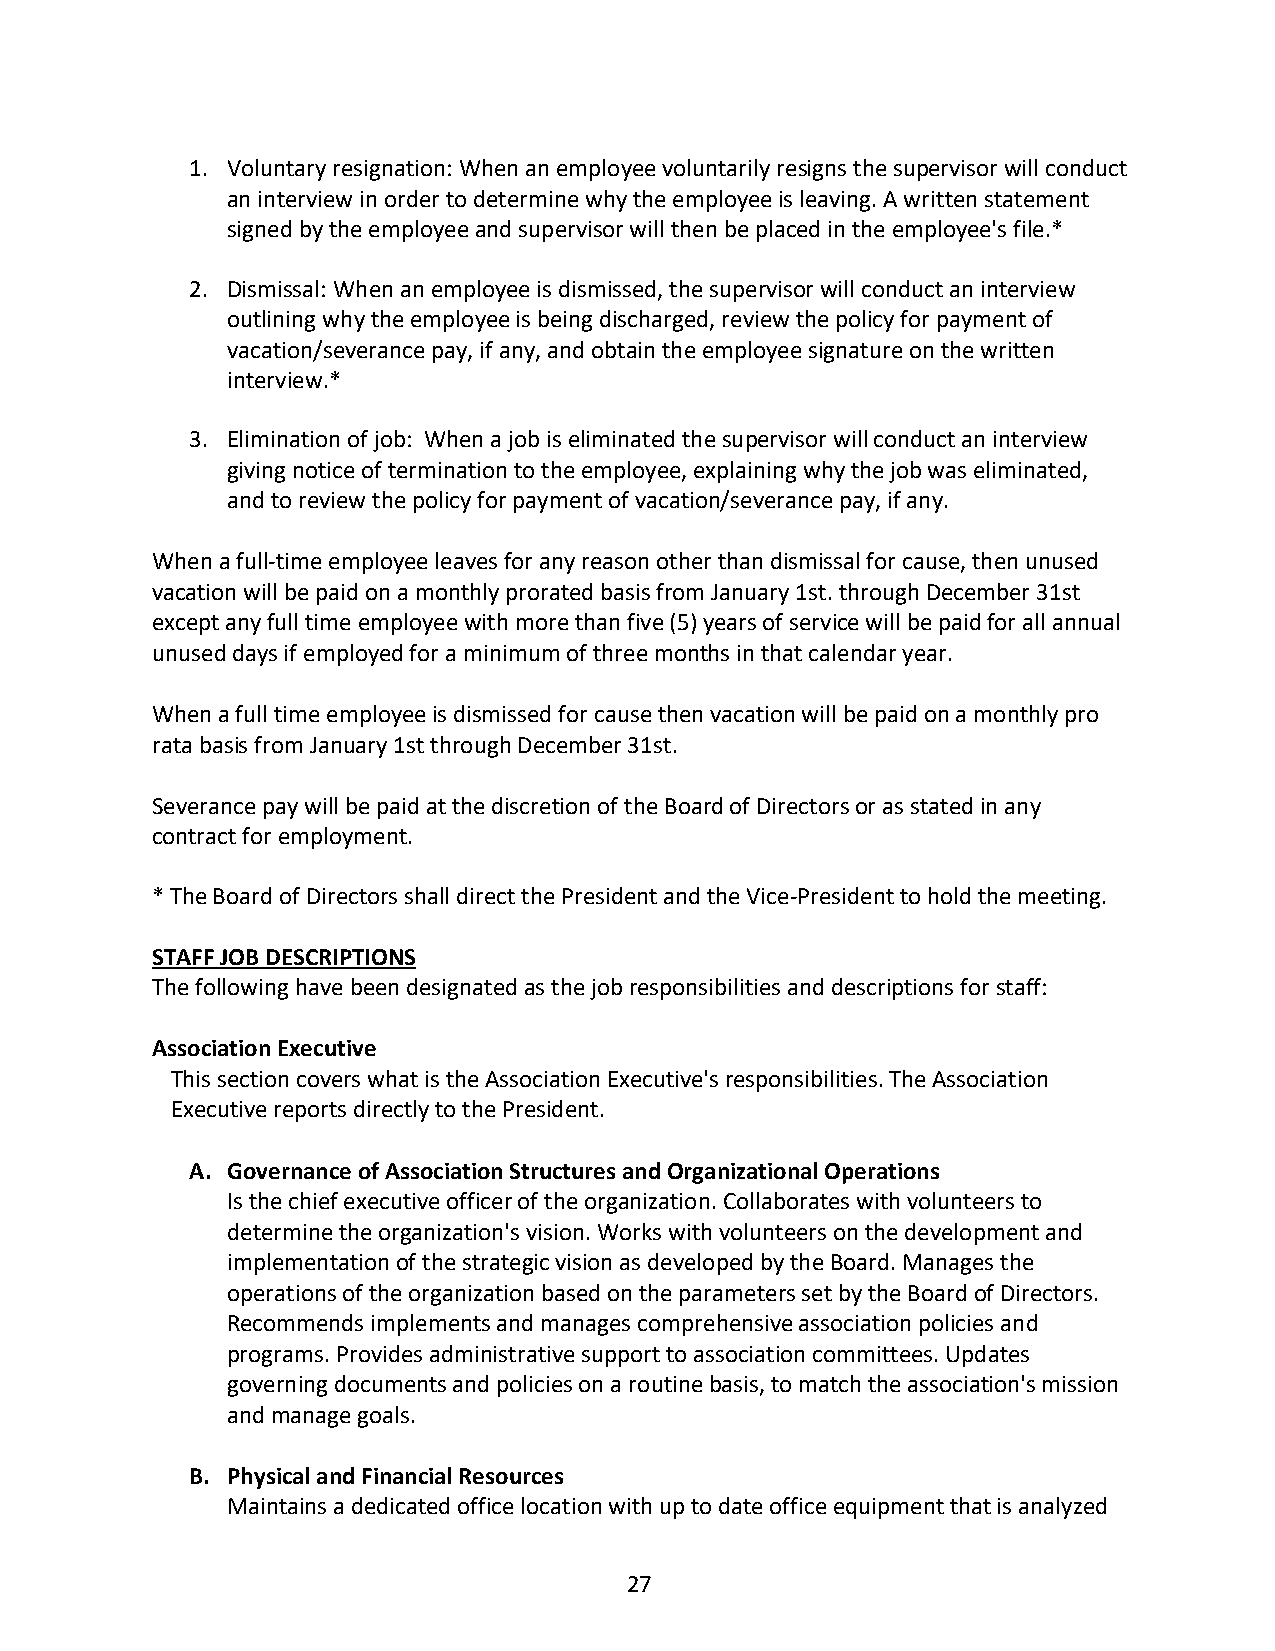
1. Voluntary resignation: When an employee voluntarily resigns the supervisor will conduct
 an interview in order to determine why the employee is leaving. A written statement
 signed by the employee and supervisor will then be placed in the employee's file.*
 2. Dismissal: When an employee is dismissed, the supervisor will conduct an interview
 outlining why the employee is being discharged, review the policy for payment of
 vacation/severance pay, if any, and obtain the employee signature on the written
 interview.*
 3. Elimination of job: When a job is eliminated the supervisor will conduct an interview
 giving notice of termination to the employee, explaining why the job was eliminated,
 and to review the policy for payment of vacation/severance pay, if any.
 When a full-time employee leaves for any reason other than dismissal for cause, then unused
 vacation will be paid on a monthly prorated basis from January 1st. through December 31st
 except any full time employee with more than five (5) years of service will be paid for all annual
 unused days if employed for a minimum of three months in that calendar year.
 When a full time employee is dismissed for cause then vacation will be paid on a monthly pro
 rata basis from January 1st through December 31st.
 Severance pay will be paid at the discretion of the Board of Directors or as stated in any
 contract for employment.
 * The Board of Directors shall direct the President and the Vice-President to hold the meeting.
 STAFF JOB DESCRIPTIONS
 The following have been designated as the job responsibilities and descriptions for staff:
 Association Executive
 This section covers what is the Association Executive's responsibilities. The Association
 Executive reports directly to the President.
 A. Governance of Association Structures and Organizational Operations
 Is the chief executive officer of the organization. Collaborates with volunteers to
 determine the organization's vision. Works with volunteers on the development and
 implementation of the strategic vision as developed by the Board. Manages the
 operations of the organization based on the parameters set by the Board of Directors.
 Recommends implements and manages comprehensive association policies and
 programs. Provides administrative support to association committees. Updates
 governing documents and policies on a routine basis, to match the association's mission
 and manage goals.
 B. Physical and Financial Resources
 Maintains a dedicated office location with up to date office equipment that is analyzed
 27